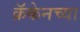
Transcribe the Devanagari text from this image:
क्रॅकेनच्या